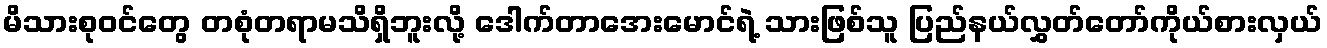
မိသားစုဝင်တွေ တစုံတရာမသိရှိဘူးလို့ ဒေါက်တာအေးမောင်ရဲ့ သားဖြစ်သူ ပြည်နယ်လွှတ်တော်ကိုယ်စားလှယ်